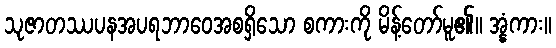
သုဇာတဿပနအပရဘာဝေအစရှိသော စကားကို မိန့်တော်မူ၏။ အ္နံကား။